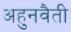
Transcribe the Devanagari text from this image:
अहुनवैती